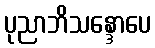
ပုညာဘိသန္ဒောပေ